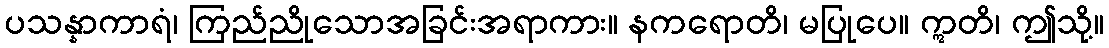
ပသန္နာကာရံ၊ ကြည်ညိုသောအခြင်းအရာကား။ နကရောတိ၊ မပြုပေ။ ဣတိ၊ ဤသို့။